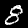
Label: 8